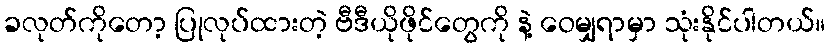
ခလုတ်ကိုတော့ ပြုလုပ်ထားတဲ့ ဗီဒီယိုဖိုင်တွေကို နဲ့ ဝေမျှရာမှာ သုံးနိုင်ပါတယ်။